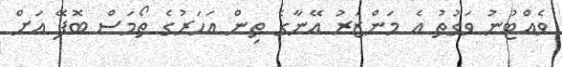
ވެއްޓުނު ވަގުތު އެ މަންޒަރު އޭނާގެ ތިން އަހަރުގެ ތޯމަސް ބޮފޭ އަށް